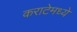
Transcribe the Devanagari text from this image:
कराटेमध्ये